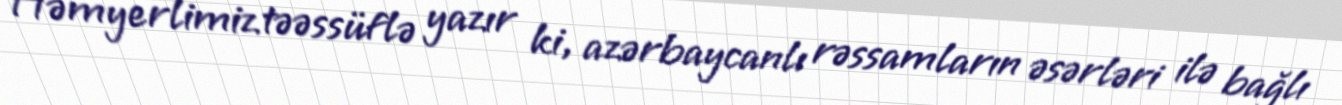
Həmyerlimiz təəssüflə yazır ki, azərbaycanlı rəssamların əsərləri ilə bağlı